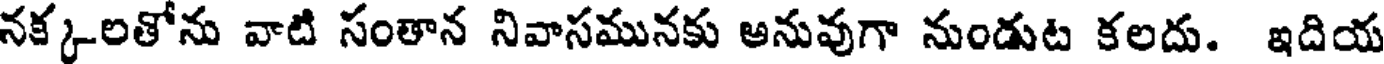
నక్కలతోను వాటి సంతాన నివాసమునకు అనువుగా నుండుట కలదు. ఇదియ